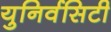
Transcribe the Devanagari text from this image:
युनिर्वसिटी